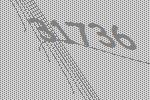
31736